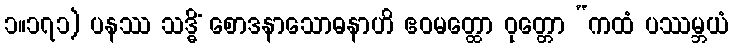
၁။၁၇၁) ပနဿ သဒ္ဓိံ စောဒနာသောဓနာဟိ ဧဝမတ္ထော ဝုတ္တော “ကထံ ပဿမ္ဘယံ